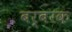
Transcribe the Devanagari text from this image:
बर्बरक